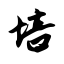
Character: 培